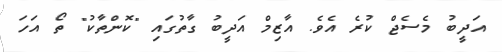
އަދީބު މެސެޖް ކުރެ އެވެ. އާޒިމް އަދީބު ގާތުގައި "ކޮންތާކު" ތޯ އަހަ